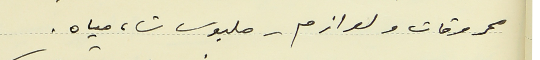
محروقات ولوازم - ملبوسات، مياه.